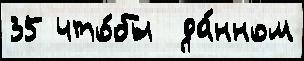
35 что́бы  да́нном